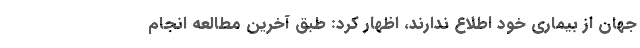
جهان از بیماری خود اطلاع ندارند، اظهار کرد: طبق آخرین مطالعه انجام